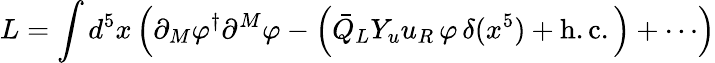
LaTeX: L=\int d^{5}x\left(\partial_{M}\varphi^{\dagger}\partial^{M}\varphi-\left(\bar{Q}_{L}Y_{u}u_{R}\, \varphi\, \delta(x^{5})+\mathrm{h}.\mathrm{c}.\right)+\cdots\right)